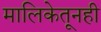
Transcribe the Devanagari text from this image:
मालिकेतूनही